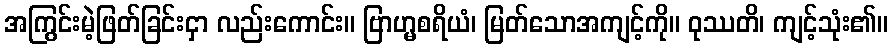
အကြွင်းမဲ့ဖြတ်ခြင်းငှာ လည်းကောင်း။ ဗြာဟ္မစရိယံ၊ မြတ်သောအကျင့်ကို။ ဝုဿတိ၊ ကျင့်သုံး၏။